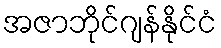
အဇာဘိုင်ဂျန်နိုင်ငံ